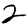
Digit: 2